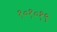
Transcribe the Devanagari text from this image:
१०१०१९